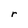
Character: r